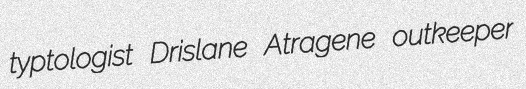
typtologist Drislane Atragene outkeeper